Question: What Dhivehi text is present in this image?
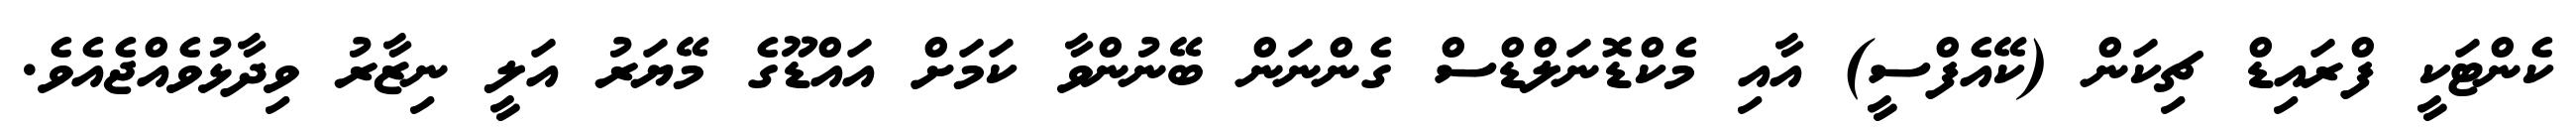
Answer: ކެންޓަކީ ފްރައިޑް ޗިކަން (ކޭއެފްސީ) އާއި މެކްޑޮނަލްޑްސް ގެންނަން ބޭނުންވާ ކަމަށް އައްޑޫގެ މޭޔަރު އަލީ ނިޒާރު ވިދާޅުވެއްޖެއެވެ.